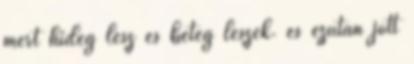
mert hideg lesz és beteg leszek. és ezután jött